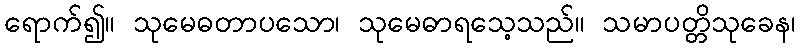
ရောက်၍။ သုမေဓတာပသော၊ သုမေဓာရသေ့သည်။ သမာပတ္တိသုခေန၊